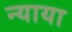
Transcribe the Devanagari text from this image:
न्याया